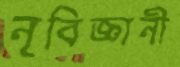
নৃবিজ্ঞানী